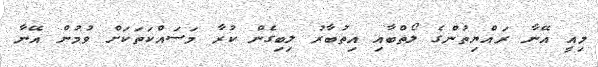
މިއީ އޭނާ ރައްޔިތުންގެ ލޯތްބާއި އިތުބާރު ލިބިގެން ކުރާ މަސައްކަތަކަށް ވުމުން އޭނާ